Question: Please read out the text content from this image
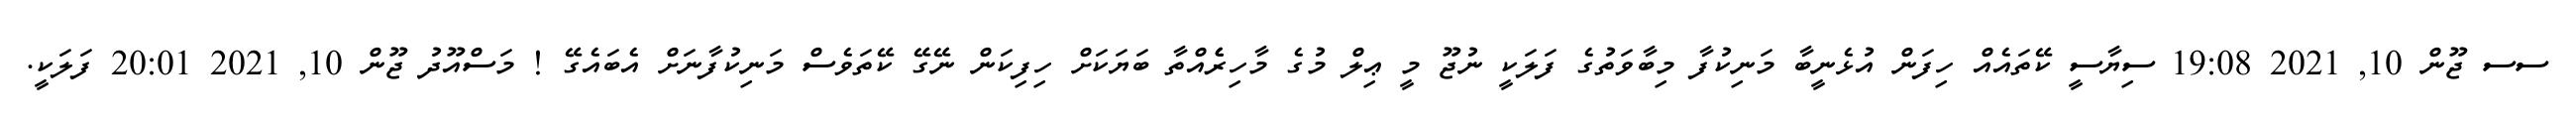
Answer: ސސ ޖޫން 10, 2021 19:08 ސިޔާސީ ކޭތައެއް ހިފަން އުޅެނީބާ މަނިކުފާ މިބާވަތުގެ ފަލަކީ ނުޖޫ މީ ޢިލް މުގެ މާހިރެެއްތާ ބަޔަކަށް ހިފިކަން ނޭގޭ ކޭތަވެސް މަނިކުފާނަށް އެބައެގޭ ! މަސްއޫދު ޖޫން 10, 2021 20:01 ފަލަކީ.